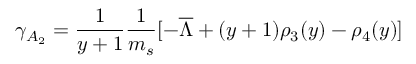
\gamma _ { A _ { 2 } } = { \frac { 1 } { y + 1 } } { \frac { 1 } { m _ { s } } } [ - \overline { { \Lambda } } + ( y + 1 ) \rho _ { 3 } ( y ) - \rho _ { 4 } ( y ) ]